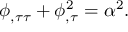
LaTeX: \phi _ { , \tau \tau } + \phi _ { , \tau } ^ { 2 } = \alpha ^ { 2 } .